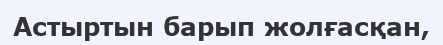
Астыртын барып жолғасқан,